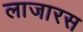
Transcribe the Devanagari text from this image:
लाजारस